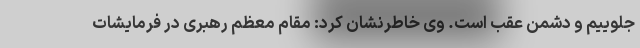
جلوییم و دشمن عقب است. وی خاطرنشان کرد: مقام معظم رهبری در فرمایشات